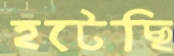
হটেছি